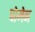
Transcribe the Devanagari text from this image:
पोमेन